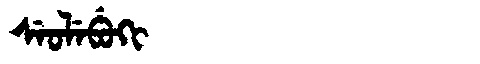
Manchu: ᠰᡝᠣᠯᡝᠪᡠᡴᡳ
Romanization: SEOLEBUKI